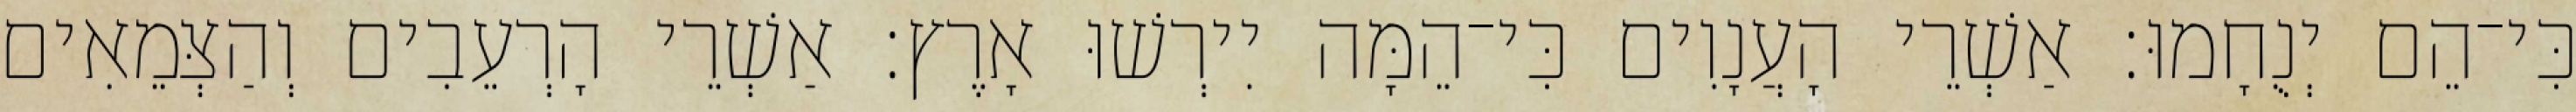
כִּי־הֵם יְנֻחָמוּ׃ אַשְׁרֵי הָעֲנָוִים כִּי־הֵמָּה יִירְשׁוּ אָרֶץ׃ אַשְׁרֵי הָרְעֵבִים וְהַצְּמֵאִים